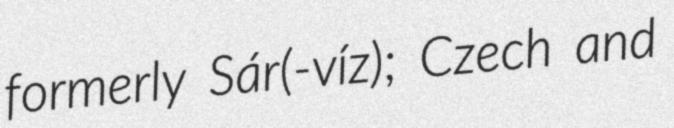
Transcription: formerly Sár(-víz); Czech and